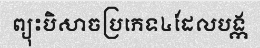
ព្យុះបិសាចប្រភេទ៤ដែលបង្ក